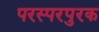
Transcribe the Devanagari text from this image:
परस्परपुरक